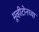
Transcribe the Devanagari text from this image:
मूव्हीटोनच्या